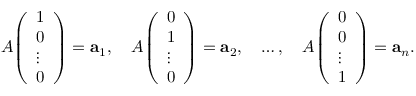
A { \left( \begin{array} { l } { 1 } \\ { 0 } \\ { \vdots } \\ { 0 } \end{array} \right) } = \mathbf { a } _ { 1 } , \quad A { \left( \begin{array} { l } { 0 } \\ { 1 } \\ { \vdots } \\ { 0 } \end{array} \right) } = \mathbf { a } _ { 2 } , \quad \ldots , \quad A { \left( \begin{array} { l } { 0 } \\ { 0 } \\ { \vdots } \\ { 1 } \end{array} \right) } = \mathbf { a } _ { n } .